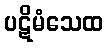
ပဋိမံသေထ